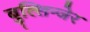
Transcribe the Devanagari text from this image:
बुल्लिन्जेर